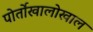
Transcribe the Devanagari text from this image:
पोर्तोखालोखाल